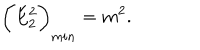
\bigg ( E _ { 2 } ^ { 2 } \bigg ) _ { m i n } = m ^ { 2 } .